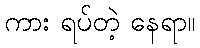
ကား ရပ်တဲ့ နေရာ။